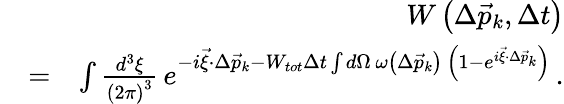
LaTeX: \begin{array}{rlr}&{}&{W\left(\Delta\vec{p}_{k},\Delta t\right)}\\ &{=}&{\int\frac{d^{3}\xi}{\left(2\pi\right)^{3}}\, e^{-i\vec{\xi}\cdot\Delta\vec{p}_{k}-W_{tot}\Delta t\int d\Omega\, \omega\left(\Delta\vec{p}_{k}\right)\, \left(1-e^{i\vec{\xi}\cdot\Delta\vec{p}_{k}}\right)}\, .}\end{array}